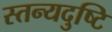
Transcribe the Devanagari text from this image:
स्तन्यदुष्टि